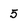
Character: 5